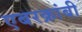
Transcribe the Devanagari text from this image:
एबरक्रांबी